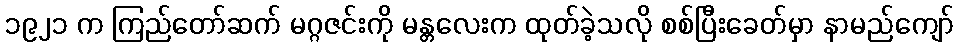
၁၉၂၁ က ကြည်တော်ဆက် မဂ္ဂဇင်းကို မန္တလေးက ထုတ်ခဲ့သလို စစ်ပြီးခေတ်မှာ နာမည်ကျော်